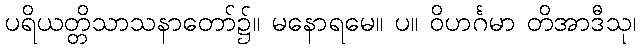
ပရိယတ္တိသာသနာတော်၌။ မနောရမေ။ ပ။ ဝိဟင်္ဂမာ တိအာဒီသု၊